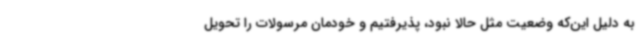
به دلیل این‌که وضعیت مثل حالا نبود، پذیرفتیم و خودمان مرسولات را تحویل